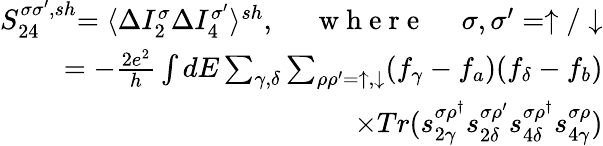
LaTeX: \begin{array}{r}{{S_{24}^{\sigma\sigma^{\prime},sh}}{=\langle\Delta I_{2}^{\sigma}\Delta I_{4}^{\sigma^{\prime}}\rangle^{sh}},\quad\mathrm{~{~w~h~e~r~e~}~}\quad{\sigma,\sigma^{\prime}=\uparrow/\downarrow}}\\ {{=-\frac{2e^{2}}{h}\int dE\sum_{\gamma,\delta}\sum_{\rho\rho^{\prime}=\uparrow,\downarrow}(f_{\gamma}-f_{a})(f_{\delta}-f_{b})}}\\ {{\times Tr(s_{2\gamma}^{\sigma\rho^{\dagger}}s_{2\delta}^{\sigma\rho^{\prime}}s_{4\delta}^{\sigma\rho^{\dagger}}s_{4\gamma}^{\sigma\rho})}}\end{array}